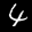
Label: 4